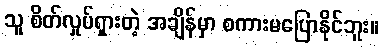
သူ စိတ်လှုပ်ရှားတဲ့ အချိန်မှာ စကားမပြောနိုင်ဘူး။